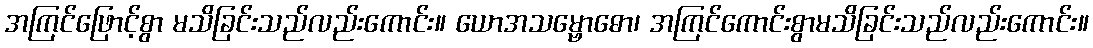
အကြင်ဖြောင့်စွာ မသိခြင်းသည်လည်းကောင်း။ ယောအသမ္ဗောဓော၊ အကြင်ကောင်းစွာမသိခြင်းသည်လည်းကောင်း။